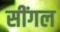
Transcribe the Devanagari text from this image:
सींगल